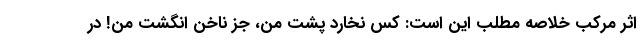
اثر مرکب خلاصه مطلب این است: کس نخارد پشت من، جز ناخن انگشت من! در